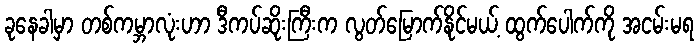
ခုနေခါမှာ တစ်ကမ္ဘာလုံးဟာ ဒီကပ်ဆိုးကြီးက လွတ်မြောက်နိုင်မယ့် ထွက်ပေါက်ကို အငမ်းမရ